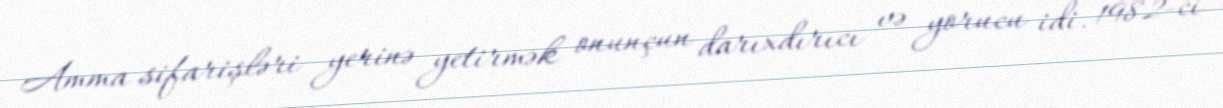
Amma sifarişləri yerinə yetirmək onunçun darıxdırıcı və yorucu idi. 1982-ci